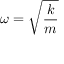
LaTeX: \omega = { \sqrt { \frac { k } { m } } }